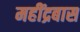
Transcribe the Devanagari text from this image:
महींद्रबास